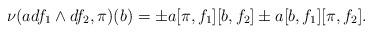
LaTeX: \begin{align*} \nu(a df_1\wedge df_2, \pi)(b)= \pm a[\pi,f_1] [b,f_2] \pm a[b,f_1] [\pi,f_2]. \end{align*}